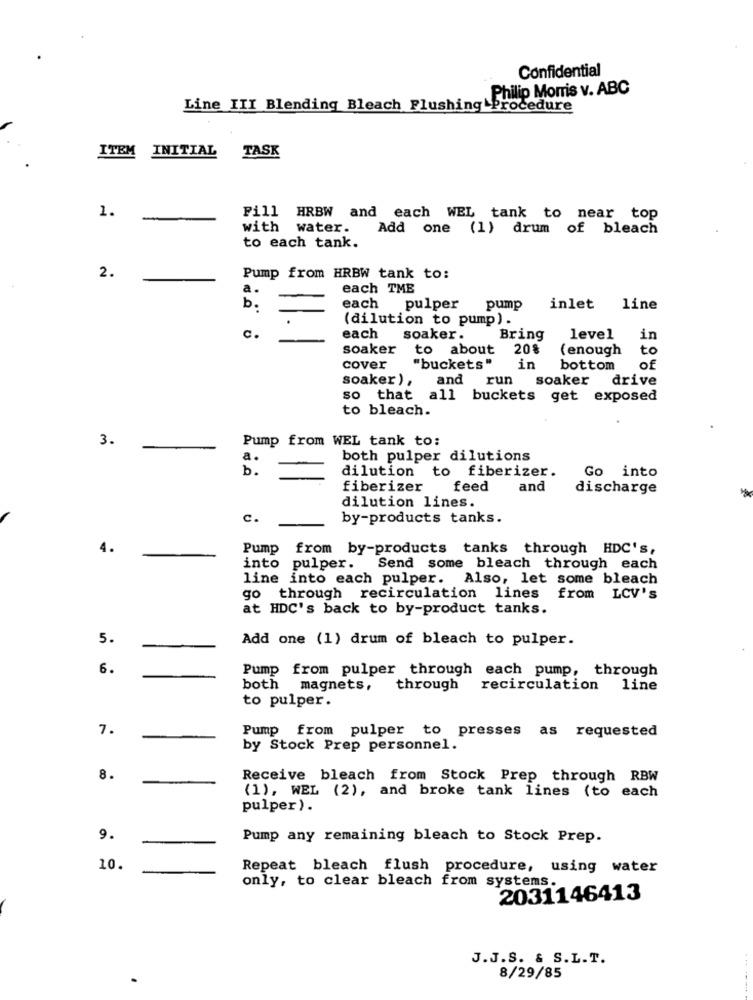
Confidential
Philip Morris v. ABC
Line III Blending Bleach Flushing Procedure
ITEM INITIAL TASK
1.
-
Fill HRBW and each WEL tank to near top
with water.
Add one (1) drum of bleach
to each tank.
2.
Pump from HRBW tank to:
a.
each TME
b.
pulper
each
pump
inlet line
(dilution to pump) .
C.
each
soaker.
Bring
level
in
soaker to about
20%
(enough
to
cover
"buckets"
in
bottom
of
soaker ) ,
and
run
soaker drive
so that all buckets get exposed
to bleach.
3.
Pump from WEL tank to:
a.
both pulper dilutions
b.
dilution to fiberizer.
Go into
fiberizer
feed
and
discharge
dilution lines.
c.
by-products tanks.
4.
Pump from by-products tanks through HDC's,
into pulper. Send some bleach through each
line into each pulper. Also, let some bleach
go through recirculation lines from LCV's
at HDC's back to by-product tanks.
5.
Add one (1) drum of bleach to pulper.
6.
Pump from pulper through each pump, through
both magnets,
through
recirculation line
to pulper.
7.
Pump from pulper to presses as requested
by Stock Prep personnel.
8.
Receive bleach from Stock Prep through RBW
(1), WEL (2), and broke tank lines (to each
pulper).
9.
Pump any remaining bleach to Stock Prep.
10.
Repeat bleach flush procedure, using water
only, to clear bleach from systems.
2031146413
J.J.S. & S.L.T.
8/29/85